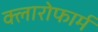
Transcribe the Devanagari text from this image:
क्लारोफार्म